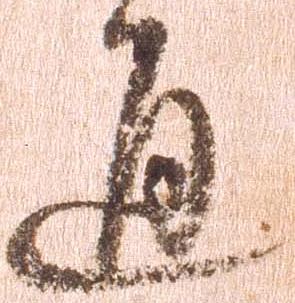
通